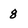
Character: 8